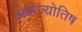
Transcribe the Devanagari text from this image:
अंकज्योतिष